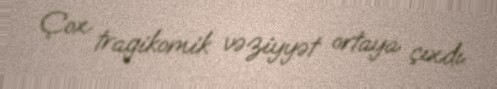
Çox tragikomik vəziyyət ortaya çıxdı.